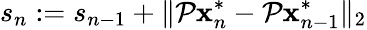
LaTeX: s_{n}:=s_{n-1}+\| \mathcal P\mathbf x_{n}^{*}-\mathcal P\mathbf x_{n-1}^{*}\| _{2}